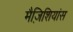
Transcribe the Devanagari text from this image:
मैज़िशियांस